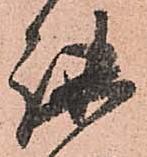
謐